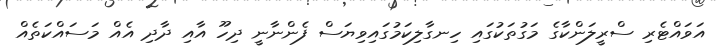
އަވައްޓެރި ސްރީލަންކާގެ މަގުތަކުގައި ހިނގާލިކަމުގައިވިޔަސް ފެންނާނީ ދިހޫ އާއި ދާދި އެއް މަސައްކަތެއް